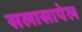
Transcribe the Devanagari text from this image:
सलासापेल